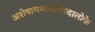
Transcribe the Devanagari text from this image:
अशेषागमोपनिषदालोके